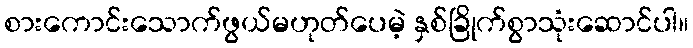
စားကောင်းသောက်ဖွယ်မဟုတ်ပေမဲ့ နှစ်ခြိုက်စွာသုံးဆောင်ပါ။